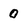
Character: o